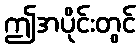
ဤအပိုင်းတွင်